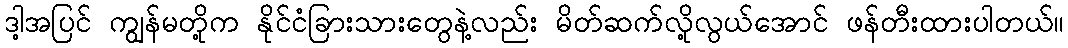
ဒါ့အပြင် ကျွန်မတို့က နိုင်ငံခြားသားတွေနဲ့လည်း မိတ်ဆက်လို့လွယ်အောင် ဖန်တီးထားပါတယ်။